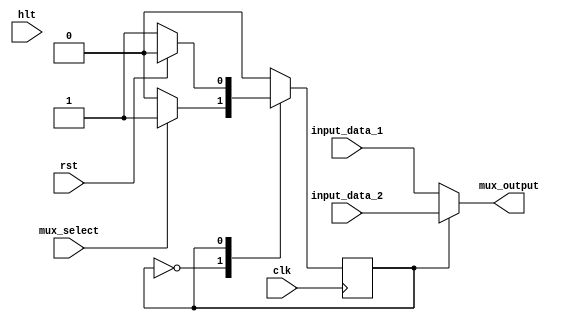
/*
mux_select - control flag for mux output
input_data_1 - data 1, BIOS instruction
input_data_2 - data 2, instruction memory instruction
mux_output - module's output value
state - used for switching between bios output and instruction memory output
*/


module State_Mux_32
#(parameter DATA_WIDTH = 32)
(
	input mux_select, clk, rst, hlt,
	input [(DATA_WIDTH -1):0] input_data_1, input_data_2,
	output [(DATA_WIDTH -1):0] mux_output
);
	reg state;

	always @ ( posedge clk ) 	
	begin		
		case( state )
			1'b0:
			begin
				if( mux_select )
					state <= 1'b1;
			end
			1'b1: 
			begin
				if( rst )
					state <= 1'b0;
			end
		endcase
	end
	
	assign mux_output = (state == 1'b1) ? input_data_2 : input_data_1;
	
endmodule